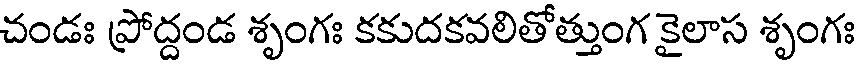
చండః ప్రోద్దండ శృంగః కకుదకవలితోత్తుంగ కైలాస శృంగః